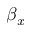
\beta _ { x }